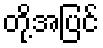
တို့အပြင်